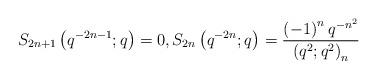
LaTeX: \begin{align*}S_{2n+1}\left(q^{-2n-1};q\right)=0,S_{2n}\left(q^{-2n};q\right)=\frac{\left(-1\right)^{n}q^{-n^{2}}}{\left(q^{2};q^{2}\right)_{n}}\end{align*}